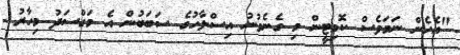
"އެހެން ނަމަވެސް ކޮމިޓީން މި ގެނެވުނު އިސްލާހުގެ ސަބަބުން އެ މަގްސަދު މިހާރު